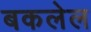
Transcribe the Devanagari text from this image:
बकलेल